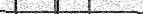
٨٠